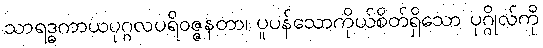
သာရဒ္ဓကာယပုဂ္ဂလပရိဝဇ္ဇနတာ၊ ပူပန်သောကိုယ်စိတ်ရှိသော ပုဂ္ဂိုလ်ကို